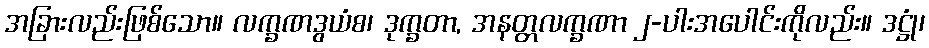
အခြားလည်းဖြစ်သော။ လက္ခဏဒွယံစ၊ ဒုက္ခတာ, အနတ္တလက္ခဏာ ၂-ပါးအပေါင်းကိုလည်း။ ဒဋ္ဌုံ၊